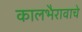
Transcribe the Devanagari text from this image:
कालभैरावाचे